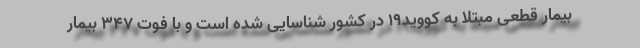
بیمار قطعی مبتلا به کووید۱۹ در کشور شناسایی شده است و با فوت ۳۴۷ بیمار